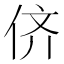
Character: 侪